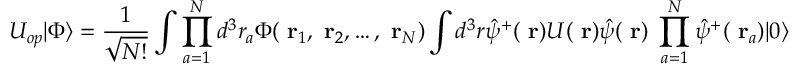
U _ { o p } | \Phi \rangle = \frac { 1 } { \sqrt { N ! } } \int \prod _ { a = 1 } ^ { N } d ^ { 3 } r _ { a } \Phi ( \mathrm { \bf ~ r } _ { 1 } , \mathrm { \bf ~ r } _ { 2 } , \dots , \mathrm { \bf ~ r } _ { N } ) \int d ^ { 3 } r \hat { \psi } ^ { + } ( \mathrm { \bf ~ r } ) U ( \mathrm { \bf ~ r } ) \hat { \psi } ( \mathrm { \bf ~ r } ) \; \prod _ { a = 1 } ^ { N } \hat { \psi } ^ { + } ( \mathrm { \bf ~ r } _ { a } ) | 0 \rangle